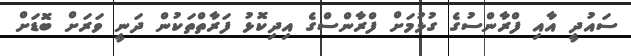
ސައުދީ އާއި ފްރާންސުގެ ގުޅުމަށް ފްރާންސްގެ އިދިކޮޅު ފަރާތްތަކުން ދަނީ ވަރަށް ބޮޑަށް